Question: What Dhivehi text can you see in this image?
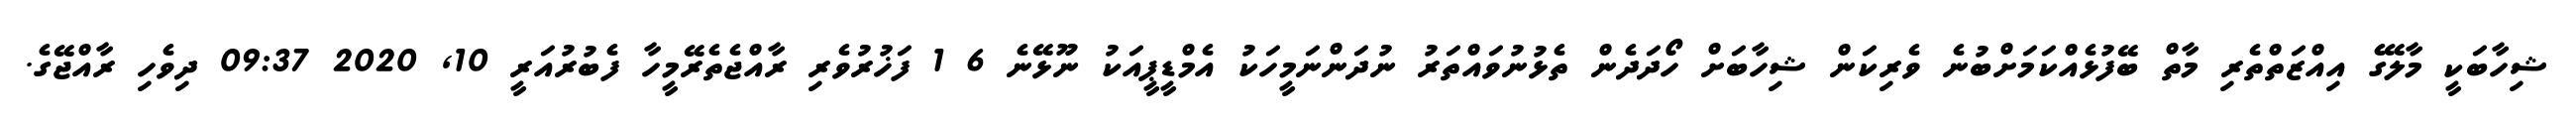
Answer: ޝިހާބަކީ މާލޭގެ އިއްޒަތްތެރި މާތް ބޭފުޅެއްކަމަށްބުނެ ވެރިކަން ޝިހާބަށް ހޯދަދެން ތެޅުނުވައްތަރު ނުދަންނަމީހަކު އެމްޑީޕީއަކު ނޫޅޭނެ 6 1 ފަޚުރުވެރި ރާއްޖެތެރޭމީހާ ފެބުރުއަރީ 10, 2020 09:37 ދިވެހި ރާއްޖޭގެ.